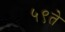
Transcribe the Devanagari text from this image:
५९ते